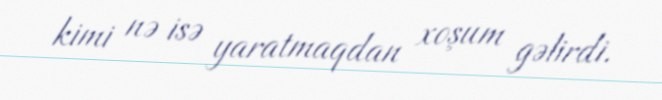
kimi nə isə yaratmaqdan xoşum gəlirdi.